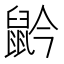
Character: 䶃